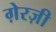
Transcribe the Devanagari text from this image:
ग़ेरज़ी